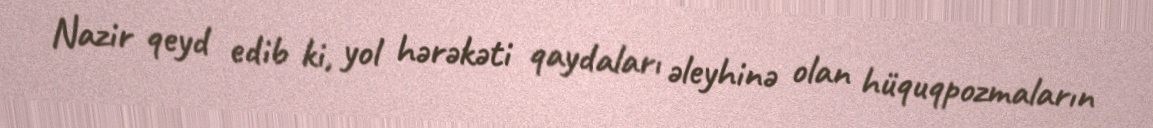
Nazir qeyd edib ki, yol hərəkəti qaydaları əleyhinə olan hüquqpozmaların